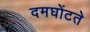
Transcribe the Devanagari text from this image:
दमघोंटते